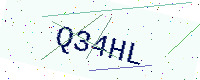
Text: Q34HL